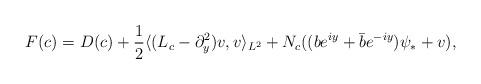
LaTeX: \begin{align*}F(c) = D(c) + \frac{1}{2} \langle (L_c - \partial_y^2) v,v \rangle_{L^2} + N_c((b e^{iy} + \bar{b} e^{-iy}) \psi_* + v),\end{align*}